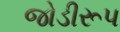
જોડીરૂપ